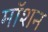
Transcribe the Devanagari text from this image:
माॅशन